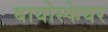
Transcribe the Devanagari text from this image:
बायोस्फेयर